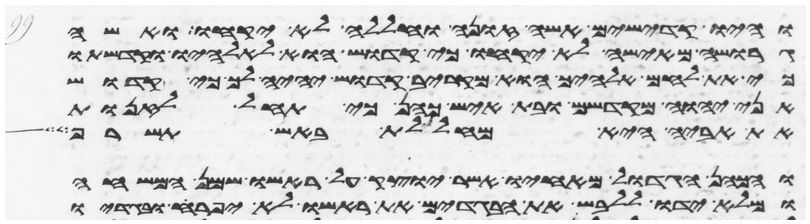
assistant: והיו קדישים אשה זונה וחללה לא יקחו ואשה
גרושה מאישה לא יקחו כי קדוש הוא לאלהיו וקדשתו
כי את לחם אלהיך הוא מקריב קדוש יהיה לך כי קדוש
אני יהוה מקדשם ובת איש כהן כי תחל לזנות
את אביה היא מחללת באש תשרף
והכהן הגדול מאחיו אשר יוצק על ראשו שמן המשחה
ומלא ידו ללבש את הבגדים את ראשו לא יפרע ובגדיו